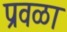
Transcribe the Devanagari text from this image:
प्रवळा